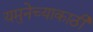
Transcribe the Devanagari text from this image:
यमुनेच्याकाठी